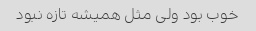
خوب بود ولی مثل همیشه تازه نبود